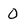
Character: 0